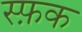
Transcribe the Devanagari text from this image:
स्फ़क